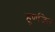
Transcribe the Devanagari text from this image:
हूणजित्‌